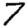
Digit: 7